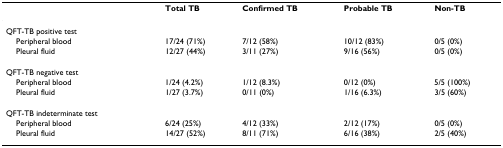
|  | Total TB | Confirmed TB | Probable TB | Non-TB |
 | --- | --- | --- | --- | --- |
 | QFT-TB positive test |  |  |  |  |
 | Peripheral blood | 17/24 (71%) | 7/12 (58%) | 10/12 (83%) | 0/5 (0%) |
 | Pleural fluid | 12/27 (44%) | 3/11 (27%) | 9/16 (56%) | 0/5 (0%) |
 | QFT-TB negative test |  |  |  |  |
 | Peripheral blood | 1/24 (4.2%) | 1/12 (8.3%) | 0/12 (0%) | 5/5 (100%) |
 | Pleural fluid | 1/27 (3.7%) | 0/11 (0%) | 1/16 (6.3%) | 3/5 (60%) |
 | QFT-TB indeterminate test |  |  |  |  |
 | Peripheral blood | 6/24 (25%) | 4/12 (33%) | 2/12 (17%) | 0/5 (0%) |
 | Pleural fluid | 14/27 (52%) | 8/11 (71%) | 6/16 (38%) | 2/5 (40%) |